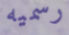
رسميه